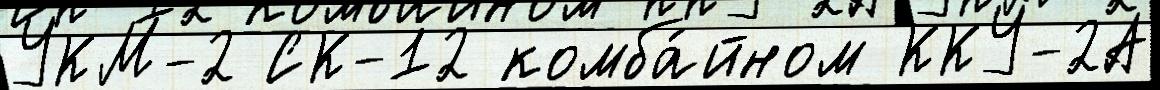
УКМ-2 СК-12 комба́йном ККУ-2А